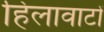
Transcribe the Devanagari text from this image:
हिलावाटों